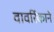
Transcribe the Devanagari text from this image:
वावरिंकाने